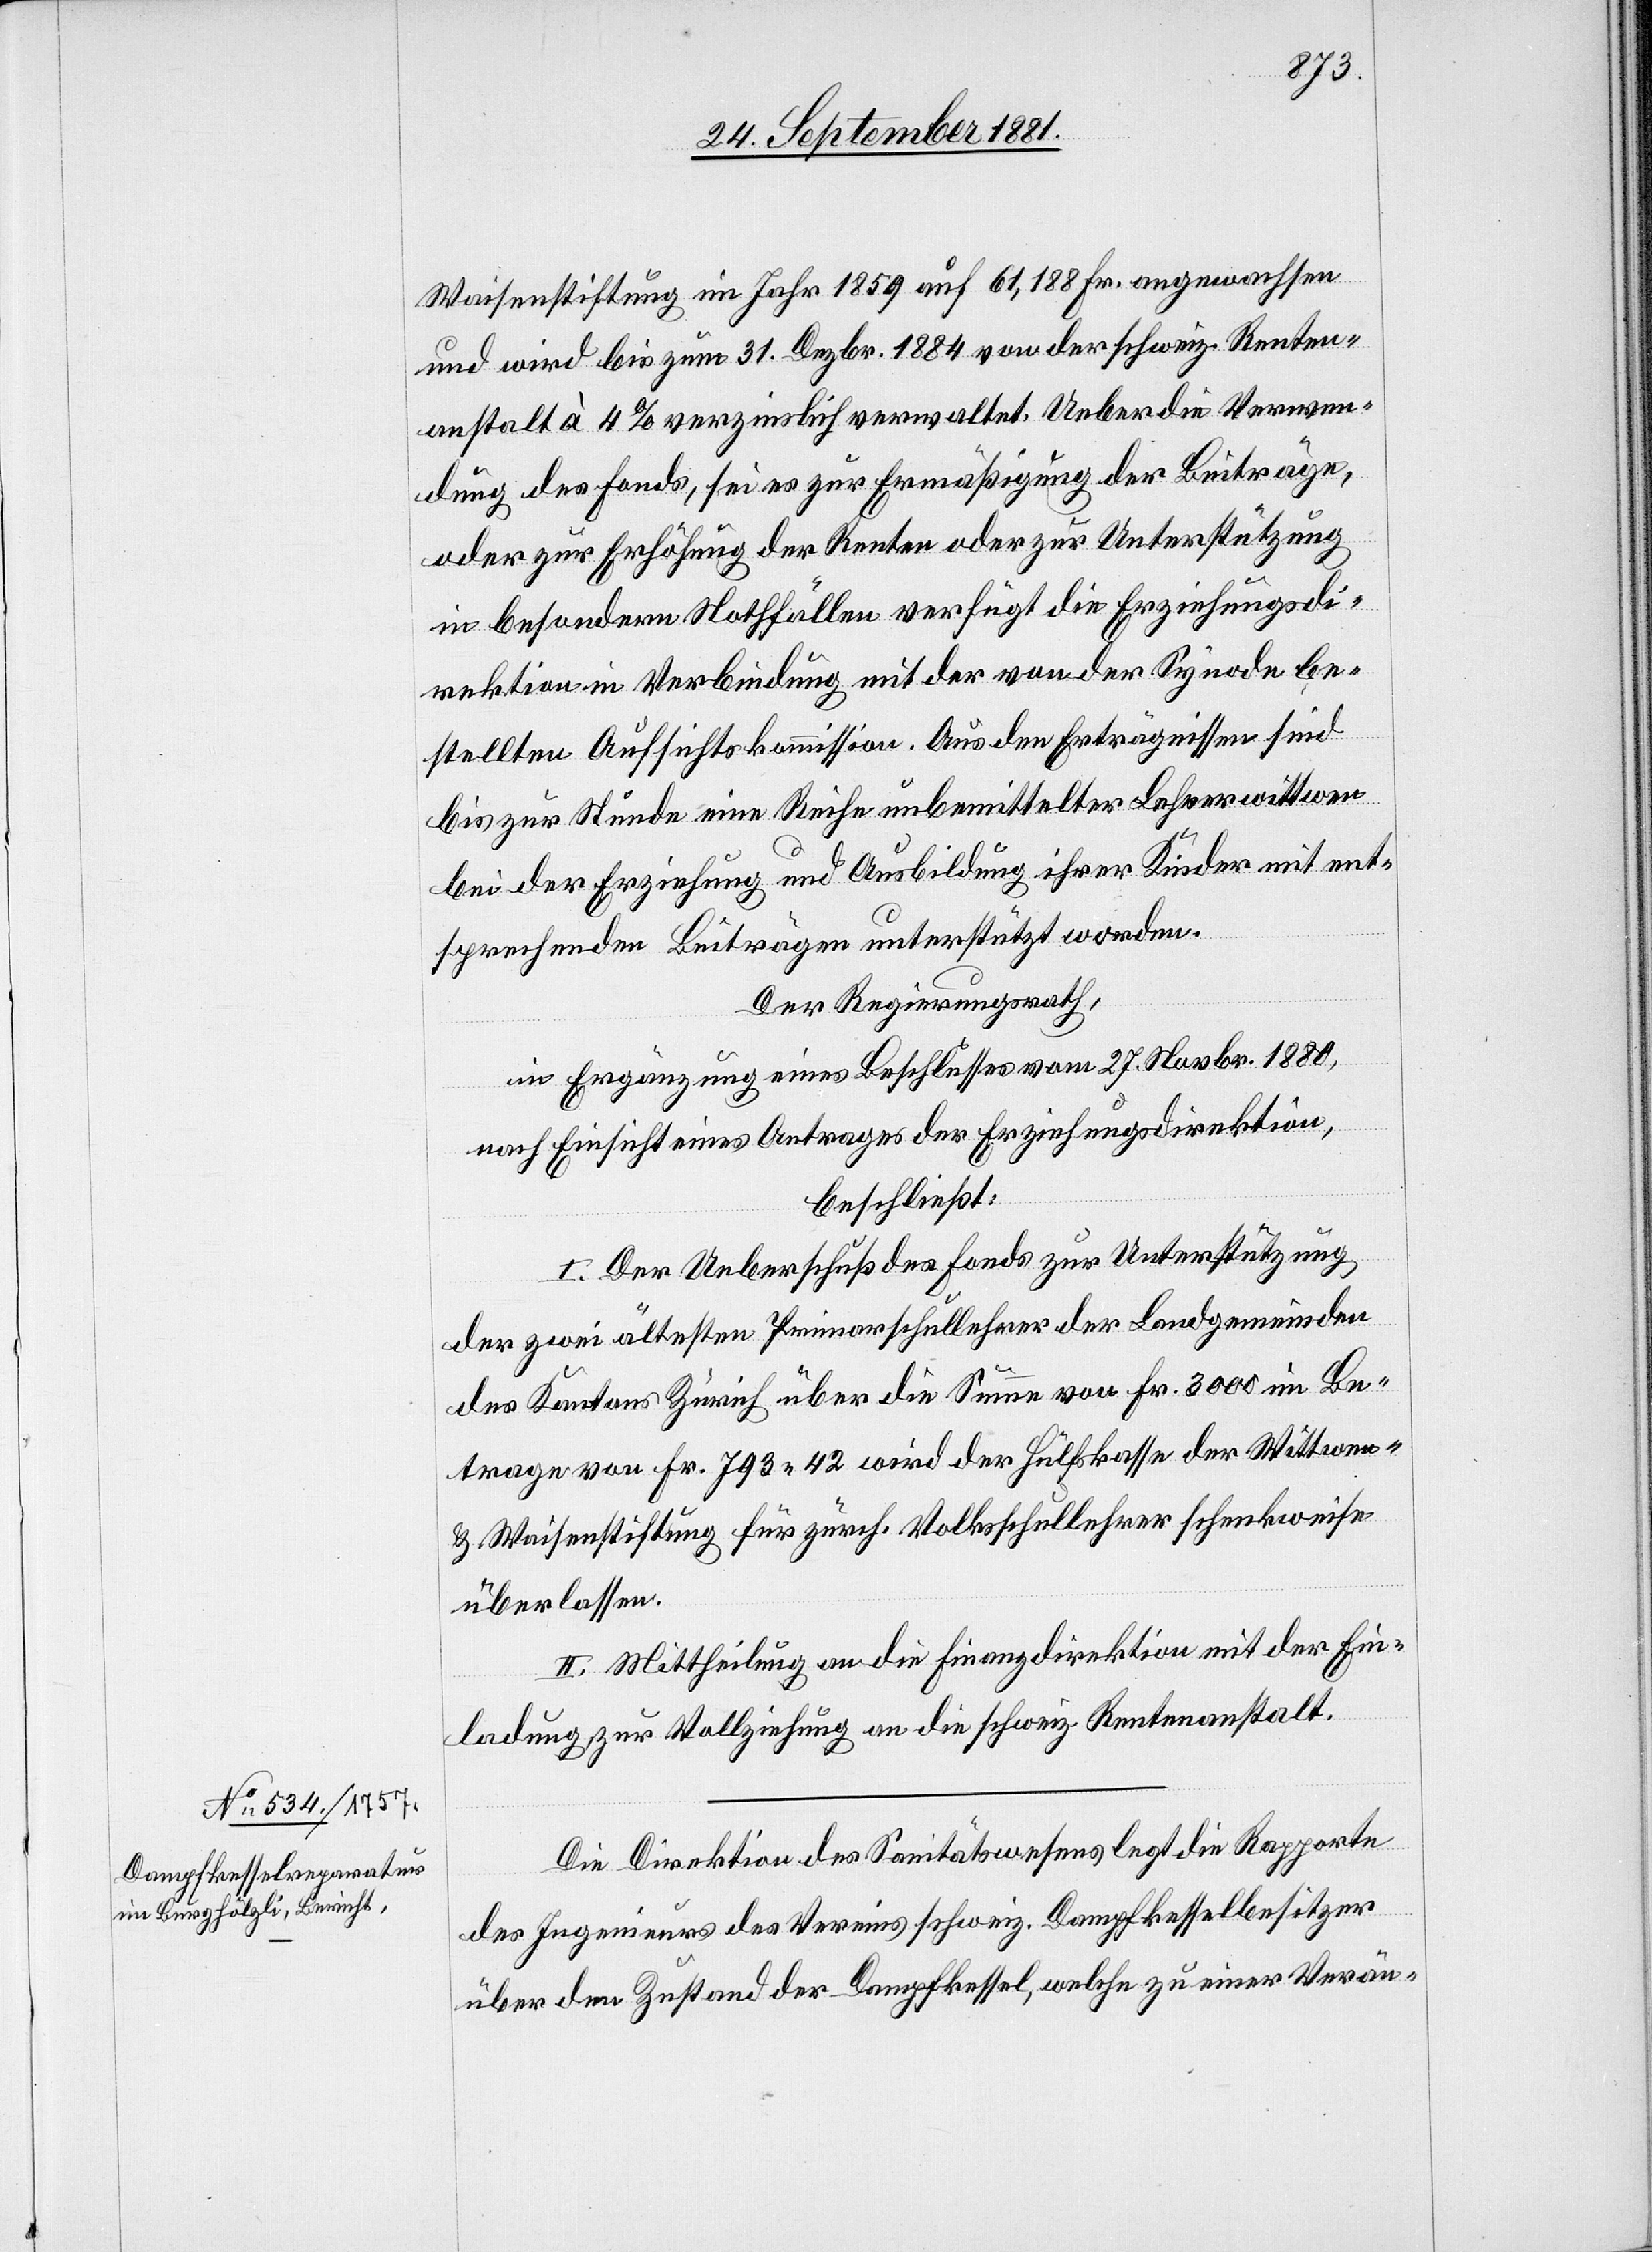
Waisenstiftung im Jahr 1859 auf 61,188 Fr. angewachsen
und wird bis zum 31. Dezbr. 1884 von der schweiz. Renten¬
anstalt à 4% verzinslich verwaltet. Ueber die Verwen¬
dung des Fonds, sei es zur Ermäßigung der Beiträge,
oder zur Erhöhung der Renten oder zur Unterstützung
in besondern Nothfällen[,] verfügt die Erziehungsdi¬
rektion in Verbindung mit der von der Synode be¬
stellten Aufsichtskommission. Aus den Erträgnissen sind
bis zur Stunde eine Reihe unbemittelter Lehrerwittwen
bei der Erziehung und Ausbildung ihrer Kinder mit ent¬
sprechenden Beiträgen unterstützt worden.
Der Regierungsrath,
in Erwägung eines Beschlusses vom 27. Novbr. 1880,
nach Einsicht eines Antrages der Erziehungsdirektion,
beschließt:
I. Der Ueberschuß des Fonds zur Unterstützung
der zwei ältesten Primarschullehrer der Landgemeinden
des Kantons Zürich über die Summe von Fr. 3000 im Be¬
trage von Fr. 793 42 wird der Hülfskasse der Wittwen-
& Waisenstiftung für zürch. Volksschullehrer schenkweise
überlassen.
II. Mittheilung an die Finanzdirektion mit der Ein¬
ladung zur Vollziehung an die schweiz. Rentenanstalt.
Die Direktion des Sanitätswesens legt die Rapporte
des Ingenieurs des Vereins schweiz. Dampfkesselbesitzer
über den Zustand der Dampfkessel, welche zu einer Verän-